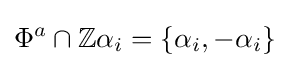
\Phi ^{a}\cap \mathbb {Z} \alpha _{i}=\{\alpha _{i},-\alpha _{i}\}